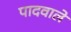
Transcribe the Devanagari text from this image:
पादवाले